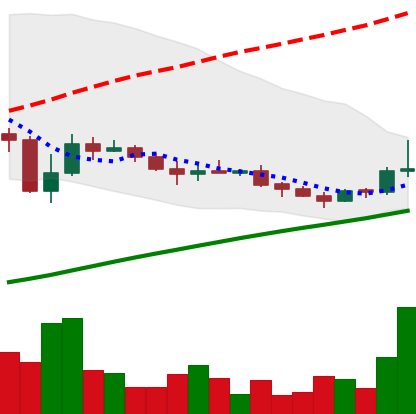
Ticker: LINK-USD
Chart end date: 2019-08-03
Forward return: -5.623%
Label: down_5_7